Indian journal of veterinary science and animal husbandry - Volumes 18-21, 1948-1951
Year: 1948
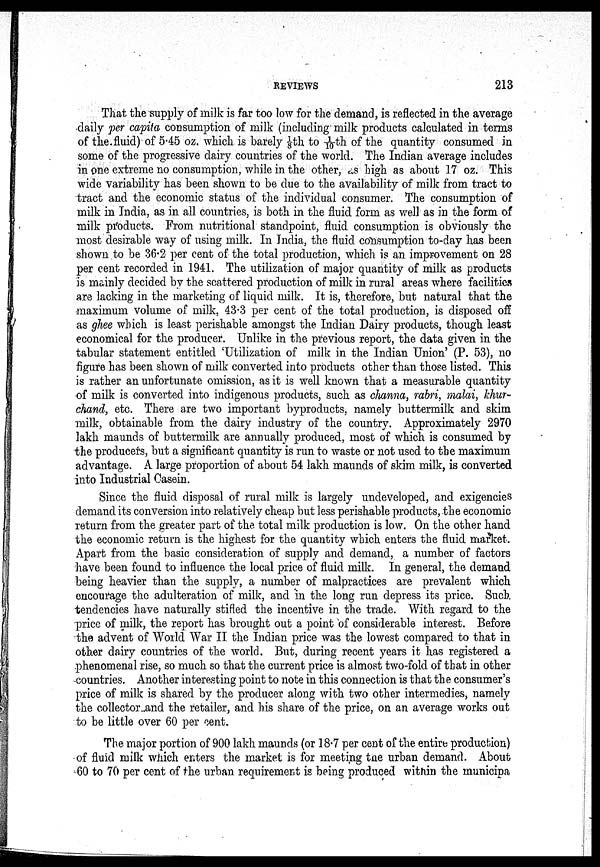
REVIEWS
213
That the supply of milk is far too low for the demand, is reflected in the average
daily per capita consumption of milk (including milk products calculated in terms
of the fluid) of 5.45 oz. which is barely 1/8th to 1/10th of the quantity consumed in
some of the progressive dairy countries of the world. The Indian average includes
in one extreme no consumption, while in the other, as high as about 17 oz. This
wide variability has been shown to be due to the availability of milk from tract to
tract and the economic status of the individual consumer. The consumption of
milk in India, as in all countries, is both in the fluid form as well as in the form of
milk products. From nutritional standpoint, fluid consumption is obviously the
most desirable way of using milk. In India, the fluid consumption to-day has been
shown to be 36.2 per cent of the total production, which is an improvement on 28
per cent recorded in 1941. The utilization of major quantity of milk as products
is mainly decided by the scattered production of milk in rural areas where facilities
are lacking in the marketing of liquid milk. It is, therefore, but natural that the
maximum volume of milk, 43.3 per cent of the total production, is disposed off
as ghee which is least perishable amongst the Indian Dairy products, though least
economical for the producer. Unlike in the previous report, the data given in the
tabular statement entitled 'Utilization of milk in the Indian Union' (P. 53), no
figure has been shown of milk converted into products other than those listed. This
is rather an unfortunate omission, as it is well known that a measurable quantity
of milk is converted into indigenous products, such as channa, rabri, malai, khur-
chand, etc. There are two important byproducts, namely buttermilk and skim
milk, obtainable from the dairy industry of the country. Approximately 2970
lakh maunds of buttermilk are annually produced, most of which is consumed by
the producers, but a significant quantity is run to waste or not used to the maximum
advantage. A large proportion of about 54 lakh maunds of skim milk, is converted
into Industrial Casein.
Since the fluid disposal of rural milk is largely undeveloped, and exigencies
demand its conversion into relatively cheap but less perishable products, the economic
return from the greater part of the total milk production is low. On the other hand
the economic return is the highest for the quantity which enters the fluid market.
Apart from the basic consideration of supply and demand, a number of factors
have been found to influence the local price of fluid milk. In general, the demand
being heavier than the supply, a number of malpractices are prevalent which
encourage the adulteration of milk, and in the long run depress its price. Such
tendencies have naturally stifled the incentive in the trade. With regard to the
price of milk, the report has brought out a point of considerable interest. Before
the advent of World War II the Indian price was the lowest compared to that in
other dairy countries of the world. But, during recent years it has registered a
phenomenal rise, so much so that the current price is almost two-fold of that in other
countries. Another interesting point to note in this connection is that the consumer's
price of milk is shared by the producer along with two other intermedies, namely
the collector and the retailer, and his share of the price, on an average works out
to be little over 60 per cent.
The major portion of 900 lakh maunds (or 18.7 per cent of the entire production)
of fluid milk which enters the market is for meeting the urban demand. About
60 to 70 per cent of the urban requirement is being produced within the municipa